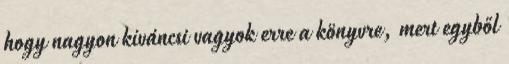
hogy nagyon kíváncsi vagyok erre a könyvre, mert egyből